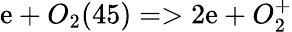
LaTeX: \mathrm{e}+O_{2}(45)=>2\mathrm{e}+O_{2}^{+}